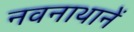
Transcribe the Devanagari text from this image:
नवनाथानें